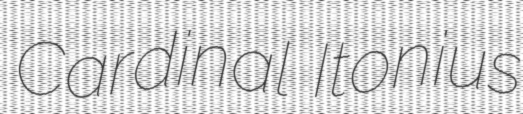
Cardinal Itonius